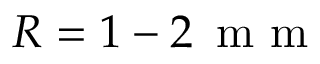
R = 1 - 2 \, \mathrm { ~ m ~ m ~ }